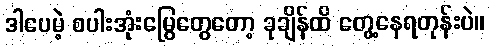
ဒါပေမဲ့ စပါးအုံးမြွေတွေတော့ ခုချိန်ထိ တွေ့နေရတုန်းပဲ။